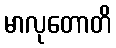
မာလုတောတိ